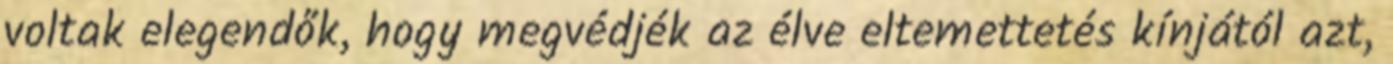
voltak elegendők, hogy megvédjék az élve eltemettetés kínjától azt,